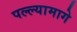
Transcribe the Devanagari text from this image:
पल्ल्यामागे